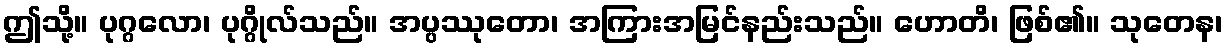
ဤသို့။ ပုဂ္ဂလော၊ ပုဂ္ဂိုလ်သည်။ အပ္ပဿုတော၊ အကြားအမြင်နည်းသည်။ ဟောတိ၊ ဖြစ်၏။ သုတေန၊